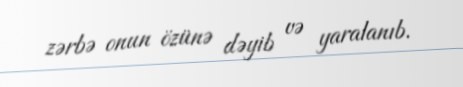
zərbə onun özünə dəyib və yaralanıb.